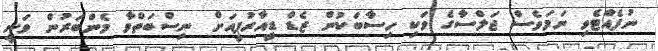
ނުފެއްޓެވި ނަމަވެސް ޖަލްސާގެ ވަކި ހިސާބަކުން ޒެޑް ޑީއާރުޕީއަށް ނިސްބަތްވާ މެންބަރުން ވަނީ